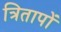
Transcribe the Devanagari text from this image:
त्रितापों